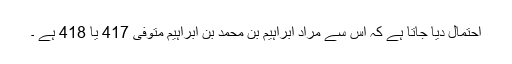
احتمال دیا جاتا ہے کہ اس سے مراد ابراہیم بن محمد بن ابراہیم متوفی 417 یا 418 ہے ۔